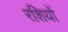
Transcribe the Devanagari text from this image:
रशियों